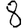
Digit: 8